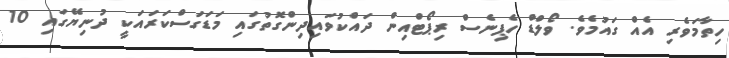
ހިތާމަވެރި އެއް ގައުމެވެ. ވޯލްޑް ހެޕިނެސް ރިޕޯޓްއިން ދައްކުވައިދިންގޮތުގައި މަޑަގަސްކަރައަކީ ދުނިޔޭގައި 10